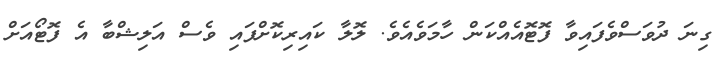
ގިނަ ދުވަސްވެފައިވާ ފޮޓޮއެއްކަން ހާމަވެއެވެ. ލޮލާ ކައިރިކޮށްފައި ވެސް އަލިޝްބާ އެ ފޮޓޯއަށް